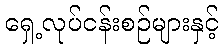
ရှေ့လုပ်ငန်းစဉ်များနှင့်